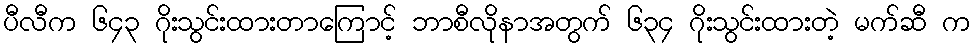
ပီလီက ၆၄၃ ဂိုးသွင်းထားတာကြောင့် ဘာစီလိုနာအတွက် ၆၃၄ ဂိုးသွင်းထားတဲ့ မက်ဆီ က